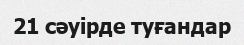
21 сәуірде туғандар